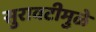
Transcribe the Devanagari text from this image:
सुरावटीमुळे